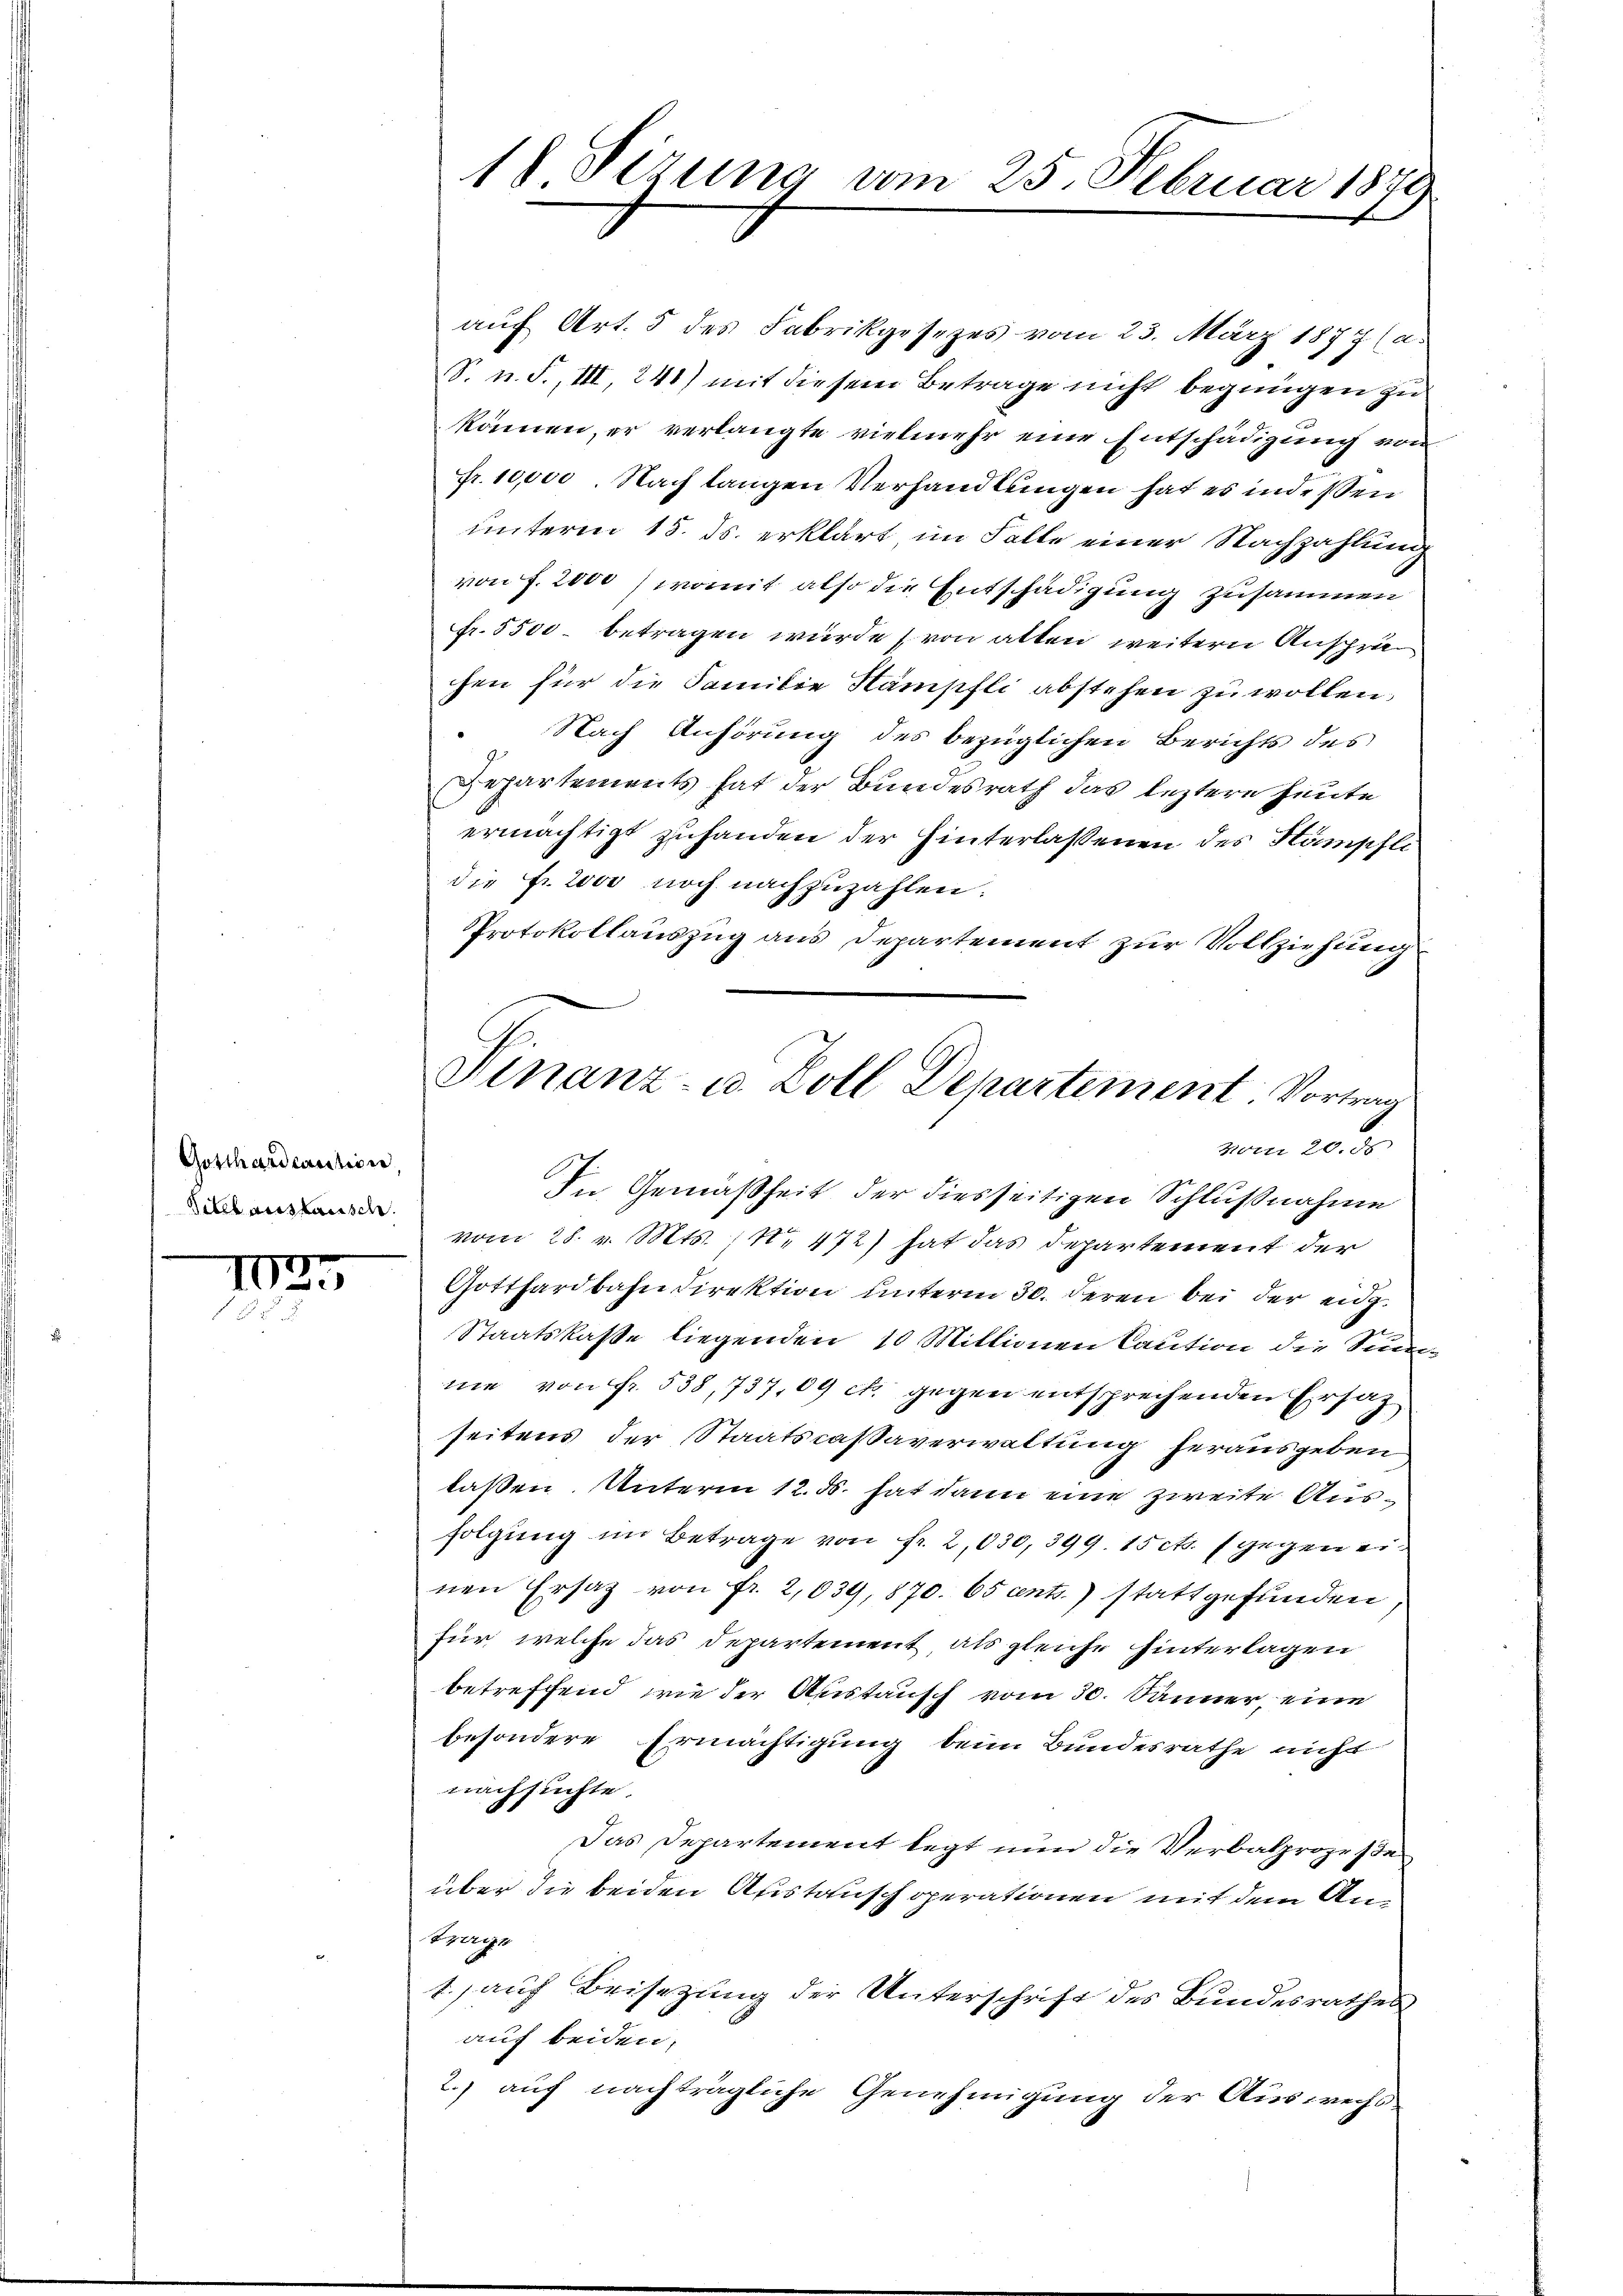
Gotthardcaution
Titel auslausch.

1025

auf Art. 5 des Fabrikgesezes vom 23. März 1877 (a.
S. n. F., III 241) mit diesem Betrage nicht begnügen zu
können, er verlangte vielmehr eine Entschädigung von
fr. 10,000 Nach langen Verhandlungen hat es indissen
unterm 15. ds. erklärt, im Falle einer Nachzahlung
von f. 2000 (womit also die Entschädigung zusammen
fr. 5500 betragen wurde (von alten weitern Ansprächen für die Familie Stämpfli abstehen zu wollen,
 Nach Anhörung des bezüglichen Berichts des
Departements hat der Bundesrath das leztere heute
ermächtigt zuhanden der Hinterlassenen des Kämpfli
die Fr. 2000 noch nachzuzahlen.
Protokollauszug aus Departement zur Vollziehung
In Gemäßheit der diesseitigen Schlußnahme
vom 28. v. Mts., N. 472) hat das Departement der
Gotthardbahndirektion unterm 30. deren bei der eidg.
Staatskasse liegenden 10 Millionen Caution die Sumne von fr. 538, 737,09 et gegen entsprechenden Ersatz
seitens der Staatscaßaverwaltung herausgeben
laßen. Unterm 12. d. hat dann eine zweite Ausfolgung im Betrage von Fr. 2,030, 399. 15 cts. gegen einen Ersatz von fr. 2,039, 870. 65 ents.) stattgefunden
für welche das Departement als gleiche hinterlagen
betreffend, wie der Austausch vom 30. Jänner, eine
besondere Ermächtigung beim Bundesrathe nicht
nachsuchte.
Das Departement legt nun die Verbalprozesse
über die beiden Austausch operationen mit dem Antrage
1. auf Beisezung der Unterschrift des Bundesrathes
auf beiden,
2.) auf nachträgliche Genehmigung der Auswechs

18 Sizung vom 25. Februar 1879

Vinanz- u. Zoll Departement Vortrag
vom 20. ds.